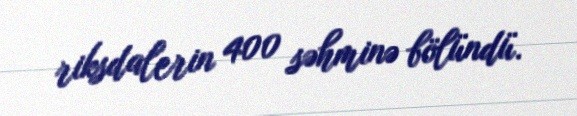
riksdalerin 400 səhminə bölündü.